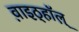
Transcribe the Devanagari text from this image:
व़ाइठ्हाॅल़्